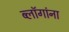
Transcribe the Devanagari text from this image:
ब्लॉगांना